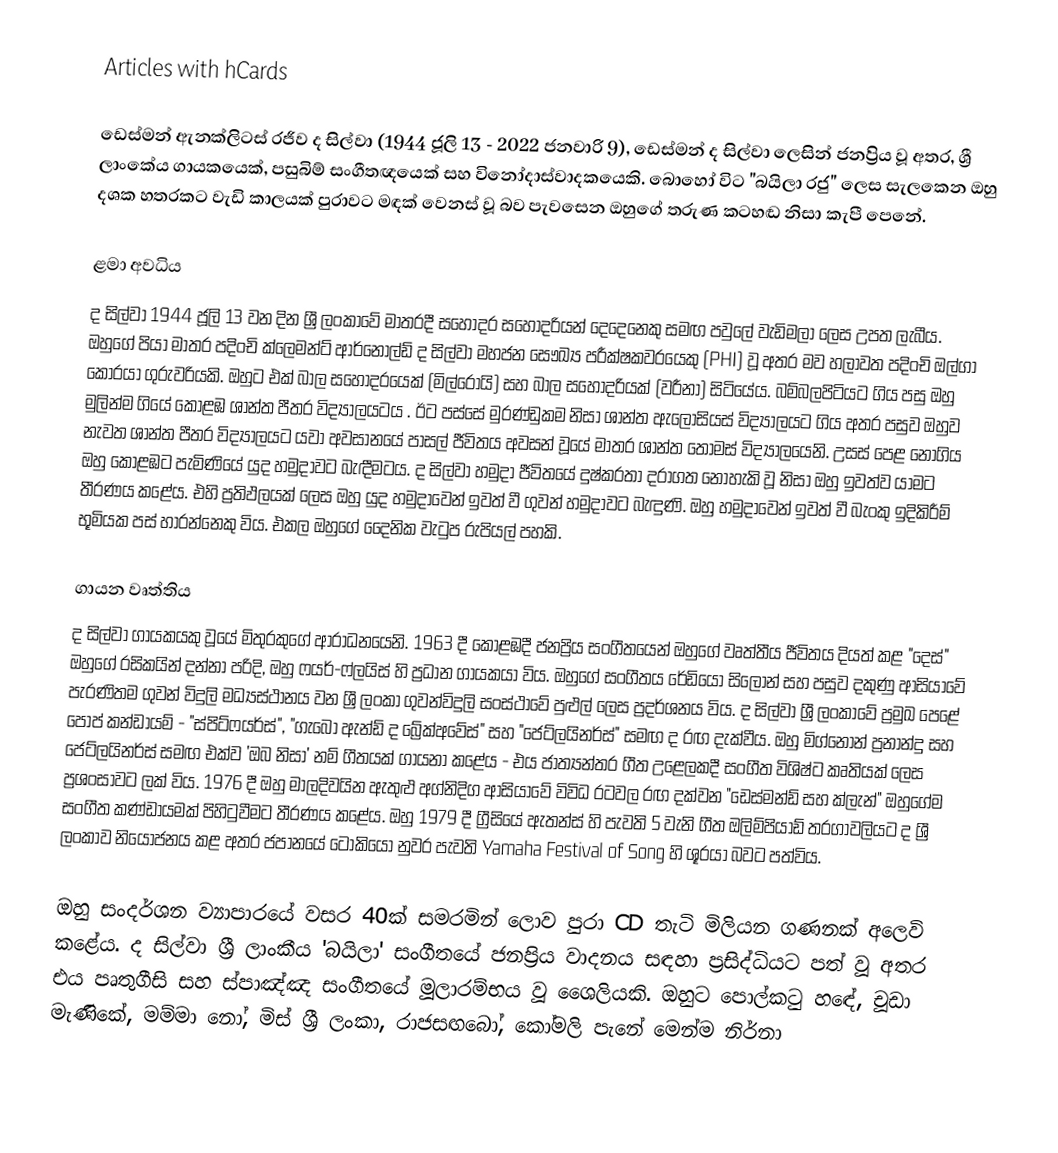
Articles with hCards

ඩෙස්මන් ඇනක්ලිටස් රජීව ද සිල්වා (1944 ජූලි 13 - 2022 ජනවාරි 9), ඩෙස්මන් ද සිල්වා ලෙසින් ජනප්‍රිය වූ අතර, ශ්‍රී ලාංකේය ගායකයෙක්, පසුබිම් සංගීතඥයෙක් සහ විනෝදාස්වාදකයෙකි. බොහෝ විට "බයිලා රජු" ලෙස සැලකෙන ඔහු දශක හතරකට වැඩි කාලයක් පුරාවට මඳක් වෙනස් වූ බව පැවසෙන ඔහුගේ තරුණ කටහඬ නිසා කැපී පෙනේ.

ළමා අවධිය
ද සිල්වා 1944 ජූලි 13 වන දින ශ්‍රී ලංකාවේ මාතරදී සහෝදර සහෝදරියන් දෙදෙනෙකු සමඟ පවුලේ වැඩිමලා ලෙස උපත ලැබීය. ඔහුගේ පියා මාතර පදිංචි ක්ලෙමන්ට් ආර්නෝල්ඩ් ද සිල්වා මහජන සෞඛ්‍ය පරීක්ෂකවරයෙකු (PHI) වූ අතර මව හලාවත පදිංචි ඔල්ගා කොරයා ගුරුවරියකි. ඔහුට එක් බාල සහෝදරයෙක් (මිල්රෝයි) සහ බාල සහෝදරියක් (වරීනා) සිටියේය. බම්බලපිටියට ගිය පසු ඔහු මුලින්ම ගියේ කොළඹ ශාන්ත පීතර විද්‍යාලයටය . ඊට පස්සේ මුරණ්ඩුකම නිසා ශාන්ත ඇලෝසියස් විද්‍යාලයට ගිය අතර පසුව ඔහුව නැවත ශාන්ත පීතර විද්‍යාලයට යවා අවසානයේ පාසල් ජීවිතය අවසන් වූයේ මාතර ශාන්ත තෝමස් විද්‍යාලයෙනි. උසස් පෙළ නොගිය ඔහු කොළඹට පැමිණියේ යුද හමුදාවට බැඳීමටය. ද සිල්වා හමුදා ජීවිතයේ දුෂ්කරතා දරාගත නොහැකි වූ නිසා ඔහු ඉවත්ව යාමට තීරණය කළේය. එහි ප්‍රතිඵලයක් ලෙස ඔහු යුද හමුදාවෙන් ඉවත් වී ගුවන් හමුදාවට බැඳුණි. ඔහු හමුදාවෙන් ඉවත් වී බැංකු ඉදිකිරීම් භූමියක පස් හාරන්නෙකු විය. එකල ඔහුගේ දෛනික වැටුප රුපියල් පහකි.

ගායන වෘත්තිය
ද සිල්වා ගායකයකු වූයේ මිතුරකුගේ ආරාධනයෙනි. 1963 දී කොළඹදී ජනප්‍රිය සංගීතයෙන් ඔහුගේ වෘත්තීය ජීවිතය දියත් කළ "දෙස්" ඔහුගේ රසිකයින් දන්නා පරිදි, ඔහු ෆයර්-ෆ්ලයිස් හි ප්‍රධාන ගායකයා විය. ඔහුගේ සංගීතය රේඩියෝ සිලෝන් සහ පසුව දකුණු ආසියාවේ පැරණිතම ගුවන් විදුලි මධ්‍යස්ථානය වන ශ්‍රී ලංකා ගුවන්විදුලි සංස්ථාවේ පුළුල් ලෙස ප්‍රදර්ශනය විය. ද සිල්වා ශ්‍රී ලංකාවේ ප්‍රමුඛ පෙළේ පොප් කන්ඩායම් - "ස්පිට්ෆයර්ස්", "ගැබෝ ඇන්ඩ් ද බ්‍රේක්අවේස්" සහ "ජෙට්ලයිනර්ස්" සමඟ ද රඟ දැක්වීය. ඔහු මිග්නෝන් ප්‍රනාන්දු සහ ජෙට්ලයිනර්ස් සමඟ එක්ව 'ඔබ නිසා' නම් ගීතයක් ගායනා කළේය - එය ජාත්‍යන්තර ගීත උළෙලකදී සංගීත විශිෂ්ට කෘතියක් ලෙස ප්‍රශංසාවට ලක් විය. 1976 දී ඔහු මාලදිවයින ඇතුළු අග්නිදිග ආසියාවේ විවිධ රටවල රඟ දක්වන "ඩෙස්මන්ඩ් සහ ක්ලැන්" ඔහුගේම සංගීත කණ්ඩායමක් පිහිටුවීමට තීරණය කළේය. ඔහු 1979 දී ග්‍රීසියේ ඇතන්ස් හි පැවති 5 වැනි ගීත ඔලිම්පියාඩ් තරගාවලියට ද ශ්‍රී ලංකාව නියෝජනය කළ අතර ජපානයේ ටෝකියෝ නුවර පැවති Yamaha Festival of Song හි ශූරයා බවට පත්විය.

ඔහු සංදර්ශන ව්‍යාපාරයේ වසර 40ක් සමරමින් ලොව පුරා CD තැටි මිලියන ගණනක් අලෙවි කළේය. ද සිල්වා ශ්‍රී ලාංකීය 'බයිලා' සංගීතයේ ජනප්‍රිය වාදනය සඳහා ප්‍රසිද්ධියට පත් වූ අතර එය පෘතුගීසි සහ ස්පාඤ්ඤ සංගීතයේ මූලාරම්භය වූ ශෛලියකි. ඔහුට පොල්කටු හඳේ, චූඩා මැණිකේ, මම්මා නෝ, මිස් ශ්‍රී ලංකා, රාජසඟබෝ, කෝමලි පැනේ මෙන්ම නිර්නා